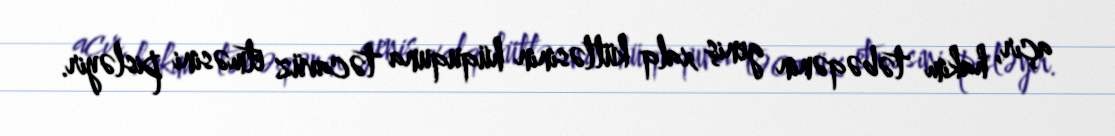
açır, hakim təbəqənin geniş xalq kütləsinin hüququna təcavüz etməsini pisləyir.